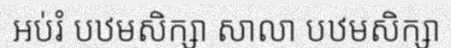
អប់រំ បឋមសិក្សា សាលា បឋមសិក្សា